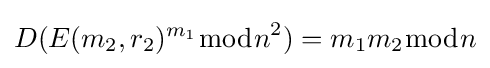
D(E(m_{2},r_{2})^{m_{1}}{\bmod {n}}^{2})=m_{1}m_{2}{\bmod {n}}